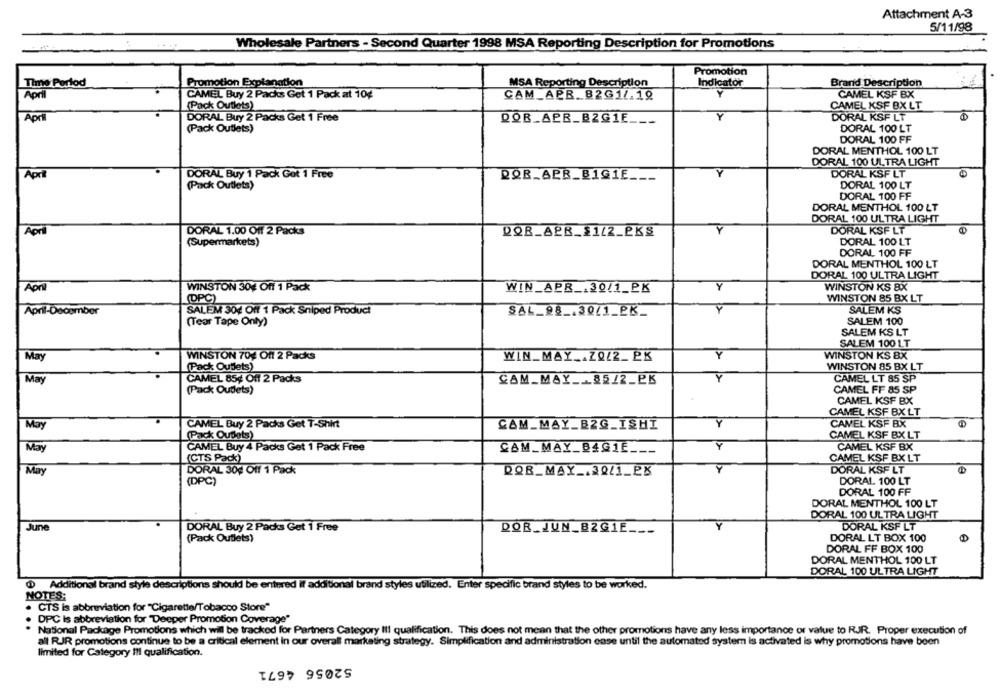
Attachment A-3
5/11/98
Wholesale Partners - Second Quarter 1998 MSA Reporting Description for Promotions
Promotion
Time Portod
Promotion Explanation
MSA Reporting Description
Indicator
Brand Description
April
CAMEL Buy 2 Packs Get 1 Pack at 104
CAM_APR. 82G11.19
CAMEL KSF BX
(Pack Outlets)
CAMEL XSF BX LT
Apri
DORAL Buy 2 Packs Get 1 Free
DORAL KSF LT
DOB_APR_BZGIE ___
(Pack Outlets)
DORAL 100 LT
DORAL 100 FF
DORAL MENTHOL 100 LT
DORAL 100 ULTRA LIGHT
Y
DORAL KSF LT
April
DORAL Buy 1 Pack Got 1 Free
ROB_APR_B1GIE ___
(Pack Outlets)
DORAL 100 LT
DORAL 100 FF
DORAL MENTHOL 100 LT
DORAL 100 ULTRA LIGHT
DORAL KSF LT
April
DORAL 1.00 Off 2 Packs
DOR_APR_$1/2_PKS
(Supermarkets)
DORAL 100 LT
DORAL 100 FF
DORAL MENTHOL 100 LT
DORAL 100 ULTRA LIGHT
April
WINSTON KS BX
WINSTON 30% Off 1 Pack
WIN_APR _. 30/1_PK
(DPC)
WINSTON 85 BX LT
April-Doogmber
SALEM 30% Off 1 Pack Sniped Product
SAL_98 _. 30/1_PK_
SALEM KS
SALEM 100
(Teor Tape Only)
SALEM KS LT
SALEM 100 LT
WINSTON 70% Off 2 Packs
Y
WINSTON KS BX
May
WIN_MAY _. ZQ/2_ PK
(Pack Outlets)
WINSTON 85 BX LT
May
CAMEL 85¢ Off 2 Packs
CAM_MAY ___ 85/2_PK
CAMEL LT 85 SP
(Pack Oudets)
CAMEL FF 85 SP
CAMEL KSF BX
CAMEL KSF BX LT
May
CAMEL Buy 2 Packs Get T-Shirt
Y
CAMEL KSF BX
CAM_MAY_BZG_ISHI
[Pack Outlets)
CAMEL KSF BX LT
CAMEL Buy 4 Packs Get 1 Pack Free
Y
May
CAM_MAY_B4GIE ___
CAMEL KSF BX
(CTS Pack)
CAMEL KSF BX LT
Y
May
DORAL 30% Off 1 Pack
ROB_MAY _. 20/1_PK
DORAL KSF LT
DORAL 100 LT
(DPC)
DORAL 100 FF
DORAL MENTHOL 100 LT
DORAL 100 ULTRA LIGHT
June
DORAL Buy 2 Packs Get 1 Free
DORAL KSF LT
DOR JUN BIG1E
DORAL LT BOX 100
(Pack Outlets)
DORAL FF BOX 100
DORAL MENTHOL 100 LT
DORAL 100 ULTRA LIGHT
@ Additional brand style descriptions should be entered It additional brand styles utilized. Enter specific brand styles to be worked.
NOTES:
· CTS is abbreviation for "Cigarette/Tobacco Store"
DPC is abbreviation for "Deeper Promotion Coverage"
National Package Promotions which will be tracked for Partners Category III qualification. This does not mean that the other promotions have any less importance of value to RJR. Proper execution of
all RIR promotions continue to be a critical element In our overall marketing strategy. Simplification and administration case until the automated system is activated is why promotions have been
limited for Category !!! qualification.
52056 4671